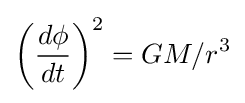
\left({d\phi  \over dt}\right)^{2}=GM/r^{3}